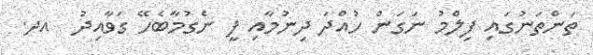
ތަންތަނުގައި ފިލްމު ނަގަން ހުއްދަ ދިނުމާއި ފީ ނެގުމާބެހޭ ގަވާއިދު  އދ.